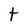
Character: t